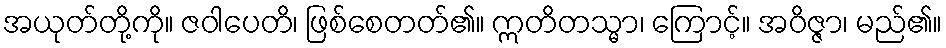
အယုတ်တို့ကို။ ဇဝါပေတိ၊ ဖြစ်စေတတ်၏။ ဣတိတသ္မာ၊ ကြောင့်။ အဝိဇ္ဇာ၊ မည်၏။